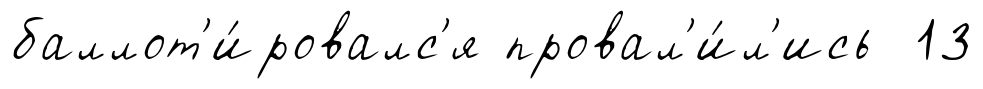
баллот'и́ровалс'я провал'и́л'ись 13